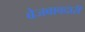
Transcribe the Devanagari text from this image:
बेजबाबदारी